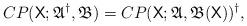
LaTeX: \begin{align*} CP(\mathsf X; \mathfrak A^\dagger, \mathfrak B) = CP(\mathsf X; \mathfrak A, \mathfrak B(\mathsf X))^\dagger, \end{align*}